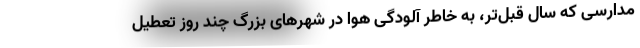
مدارسی که سال قبل‌تر، به خاطر آلودگی هوا در شهرهای بزرگ چند روز تعطیل